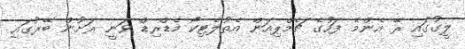
ލީގުގައި ރޭ އެންމެ ފަހުގެ ޗެމްޕިއަން އެތުލެޓިކޯ މެޑްރިޑް ވަނީ ރަށުން ބޭރުގައި